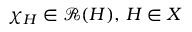
\chi _ { H } \in { \mathcal { R } } ( H ) , \, H \in X